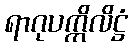
ရာဂုပက္ကိလိဋ္ဌံ